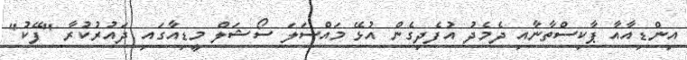
އިންޑިއާއާ ޕާކިސްތާނާއި ދެމެދު އުފެދިގެން އުޅޭ މައްސަލަ ސޯޝަލް މީޑިއާގައި ދައުރުކުރާ "ފޭކު"